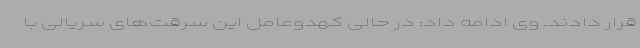
قرار دادند. وی ادامه داد: در حالی کهدوعامل این سرقت‌های سریالی با